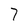
Character: 7